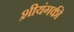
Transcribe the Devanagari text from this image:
श़ीयंगकी